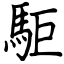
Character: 駏